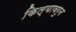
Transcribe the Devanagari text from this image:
किल्यावरुन